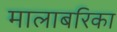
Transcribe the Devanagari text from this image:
मालाबरिका